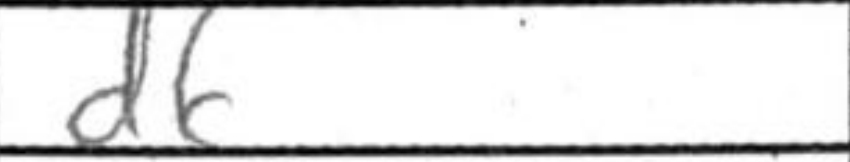
Transcription: d6